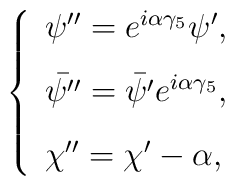
\left\{\begin{array}{l} \psi''=e^{i\alpha\gamma_{5}}\psi',\\[.12in]\bar{\psi''}=\bar{\psi'}e^{i\alpha\gamma_{5}},\\[.12in]\chi''=\chi'-\alpha,\end{array}\right.